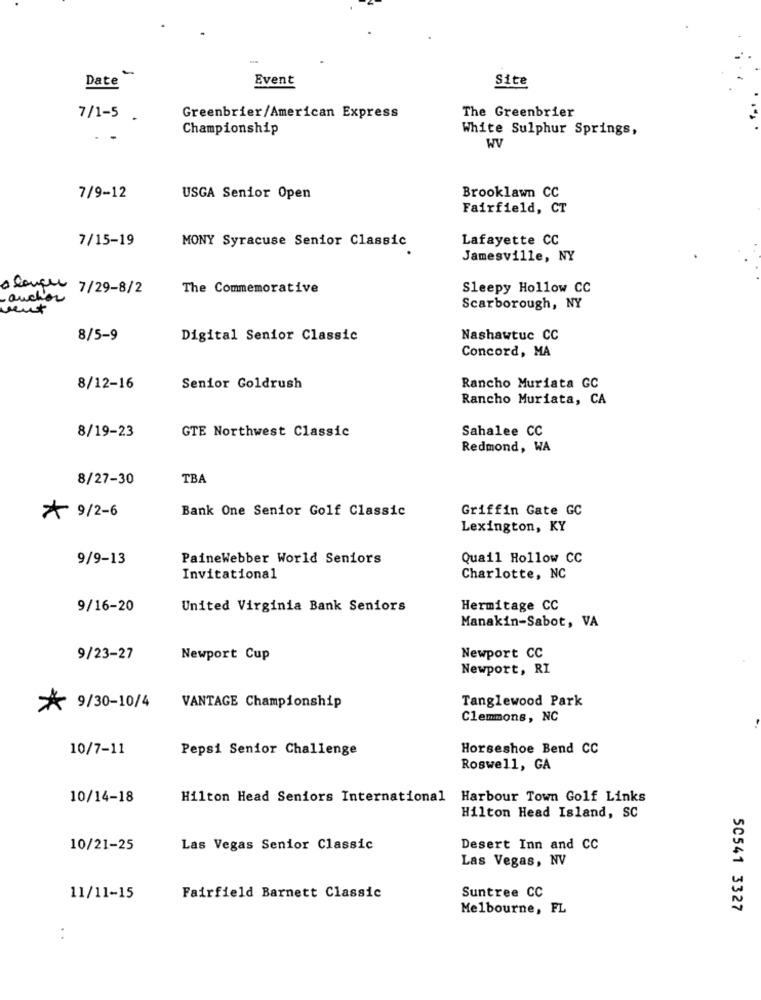
-
Date
Event
Site
7/1-5
Greenbrier/American Express
The Greenbrier
Championship
White Sulphur Springs,
WV
7/9-12
USGA Senior Open
Brooklawn CC
Fairfield, CT
7/15-19
Lafayette CC
MONY Syracuse Senior Classic
Jamesville, NY
alanger 7/29-8/2
The Commemorative
Sleepy Hollow CC
.auchor
Scarborough, NY
8/5-9
Digital Senior Classic
Nashawtuc CC
Concord, MA
8/12-16
Senior Goldrush
Rancho Muriata GC
Rancho Muriata, CA
GTE Northwest Classic
Sahalee CC
8/19-23
Redmond, WA
8/27-30
TBA
Bank One Senior Golf Classic
Griffin Gate GC
* 9/2-6
Lexington, KY
9/9-13
PaineWebber World Seniors
Quail Hollow CC
Invitational
Charlotte, NC
9/16-20
United Virginia Bank Seniors
Hermitage CC
Manakin-Sabot, VA
9/23-27
Newport Cup
Newport CC
Newport, RI
Tanglewood Park
* 9/30-10/4
VANTAGE Championship
Clemmons, NC
10/7-11
Pepsi Senior Challenge
Horseshoe Bend CC
Roswell, GA
10/14-18
Hilton Head Seniors International Harbour Town Golf Links
Hilton Head Island, SC
10/21-25
Las Vegas Senior Classic
Desert Inn and CC
Las Vegas, NV
Suntree CC
11/11-15
Fairfield Barnett Classic
Melbourne, FL
50541 3327
: